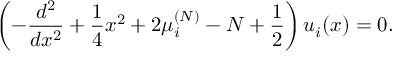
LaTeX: \left( - { \frac { d ^ { 2 } } { d x ^ { 2 } } } + { \frac { 1 } { 4 } } x ^ { 2 } + 2 \mu _ { i } ^ { ( N ) } - N + { \frac { 1 } { 2 } } \right) u _ { i } ( x ) = 0 .